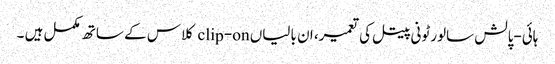
ہائی-پالش سالورٹونی پیتل کی تعمیر، ان بالیاں clip-on کلاس کے ساتھ مکمل ہیں ۔